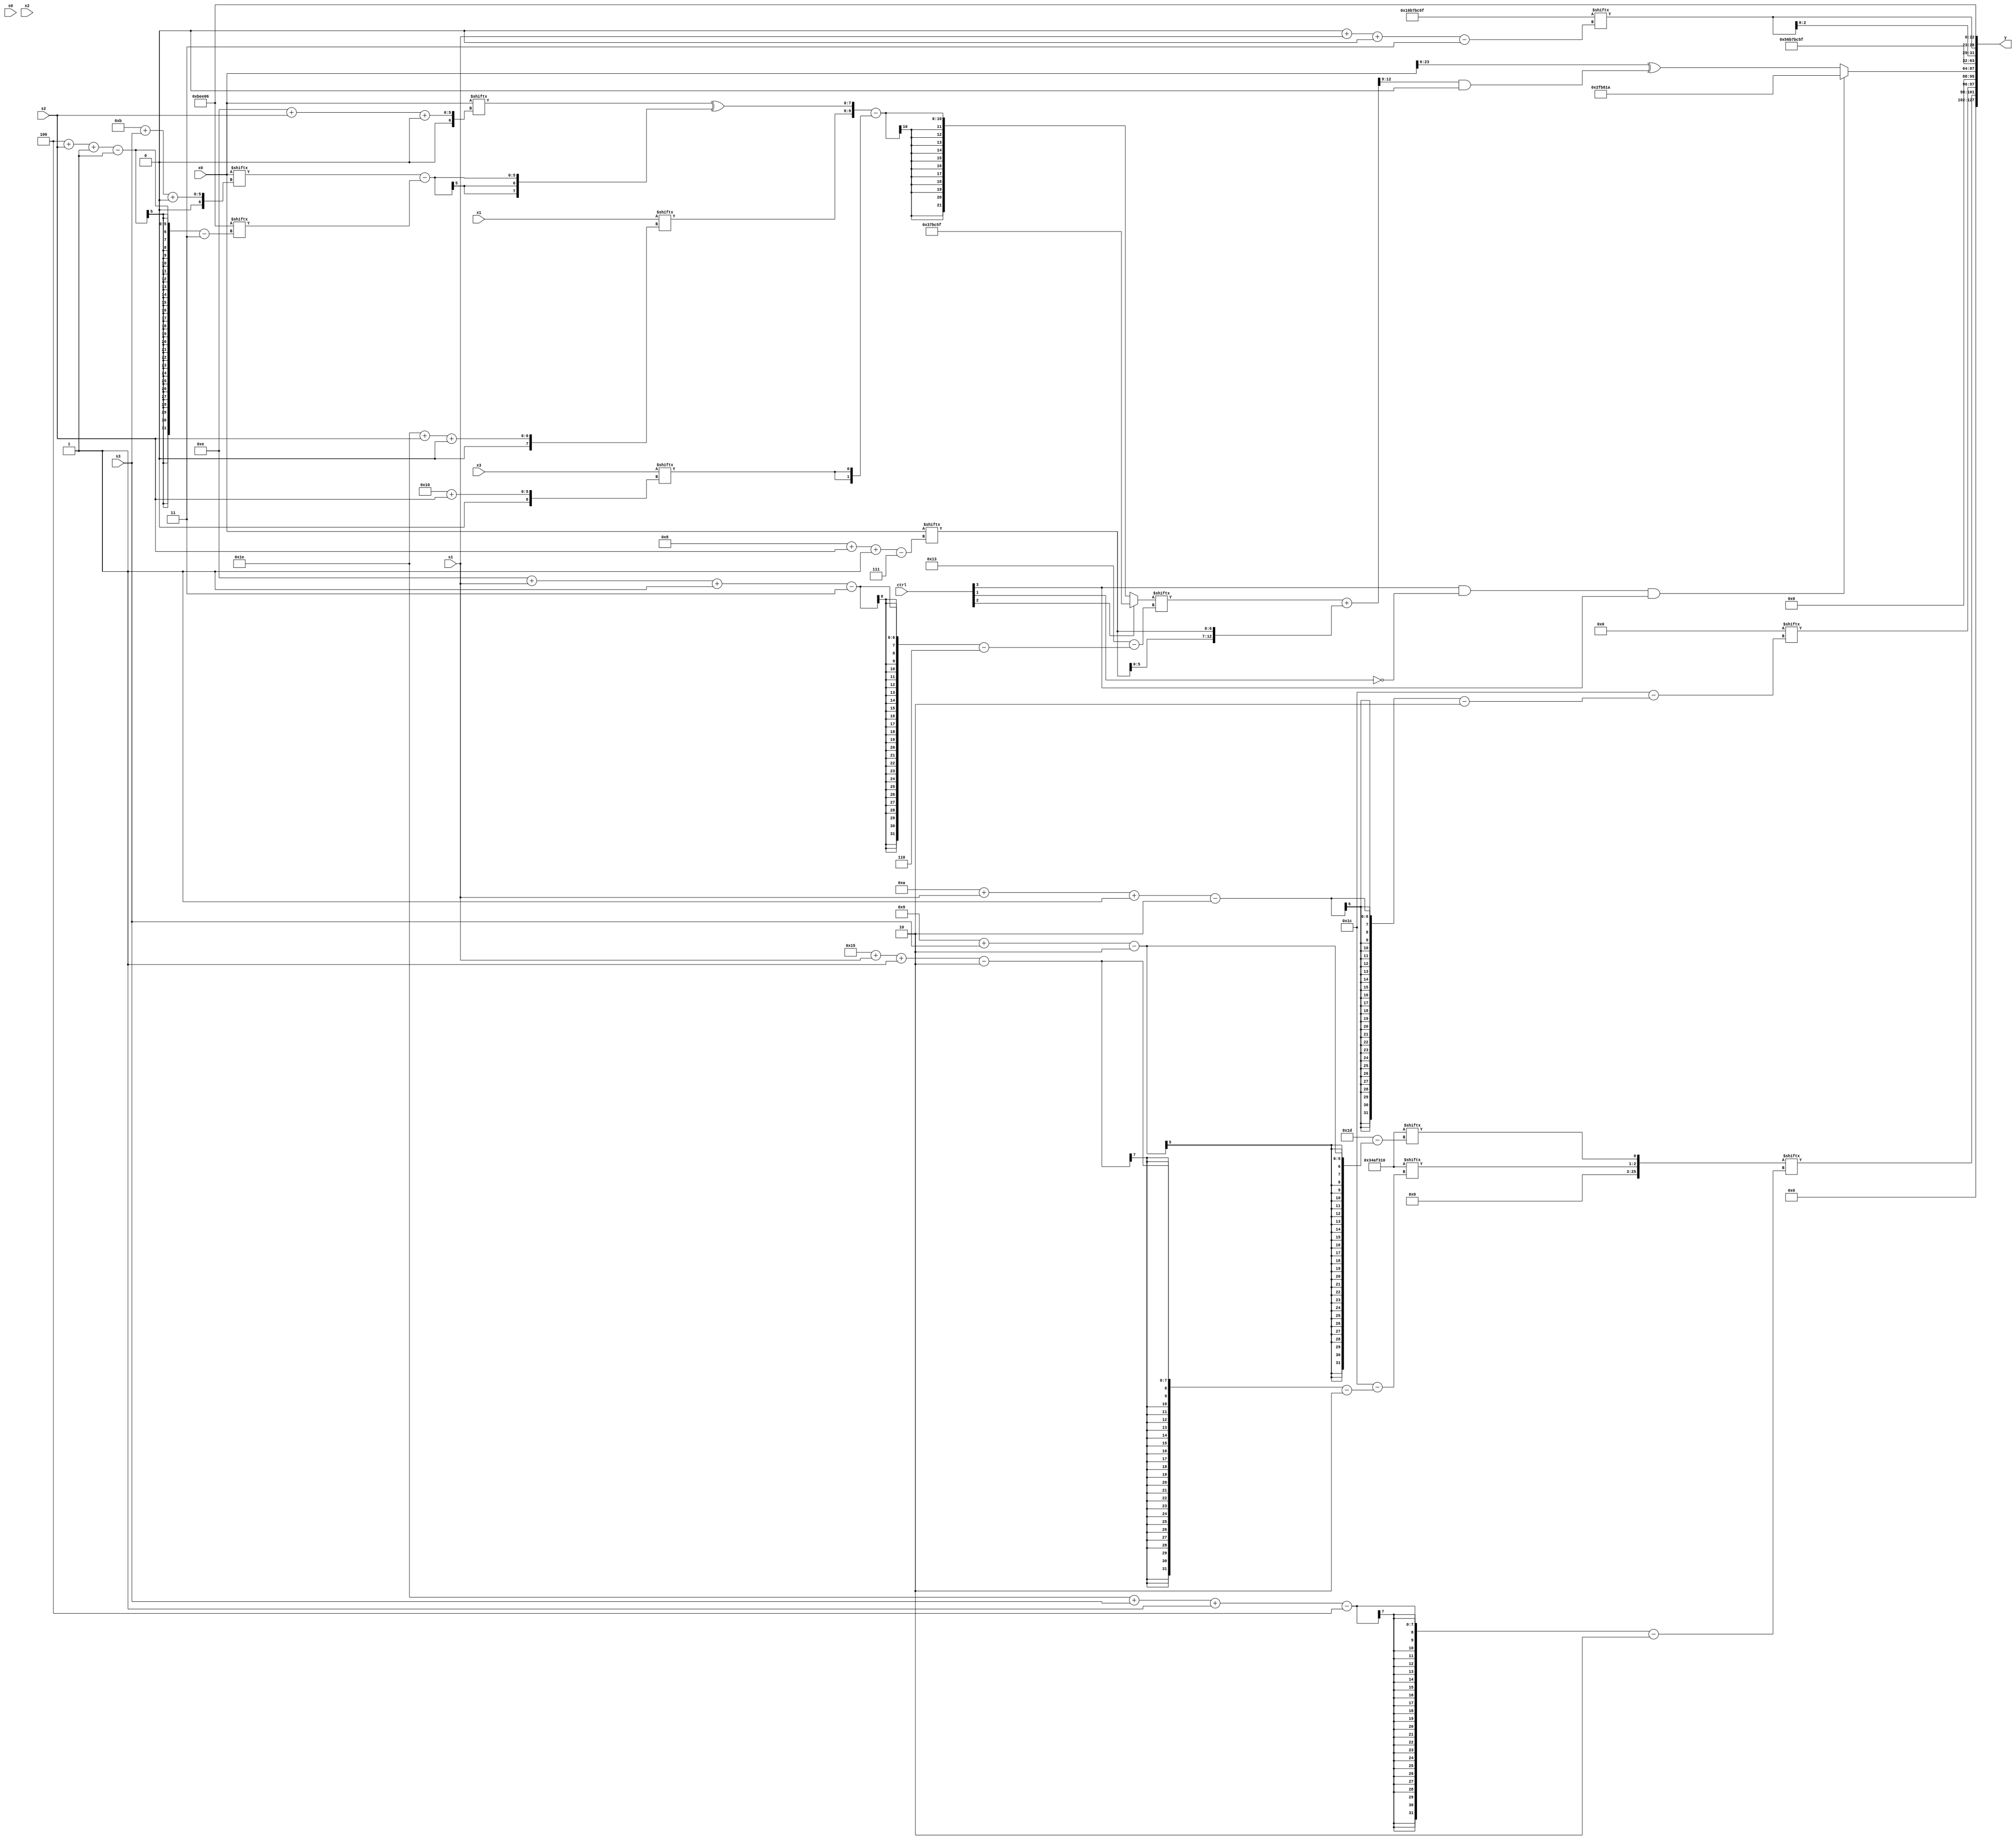
module partsel_00817(ctrl, s0, s1, s2, s3, x0, x1, x2, x3, y);
  input [3:0] ctrl;
  input [2:0] s0;
  input [2:0] s1;
  input [2:0] s2;
  input [2:0] s3;
  input signed [31:0] x0;
  input signed [31:0] x1;
  input signed [31:0] x2;
  input [31:0] x3;
  wire [6:27] x4;
  wire signed [5:30] x5;
  wire signed [4:26] x6;
  wire [2:31] x7;
  wire [2:31] x8;
  wire signed [27:4] x9;
  wire [26:6] x10;
  wire signed [30:1] x11;
  wire signed [27:3] x12;
  wire signed [27:2] x13;
  wire [2:24] x14;
  wire signed [0:28] x15;
  output [127:0] y;
  wire [31:0] y0;
  wire [31:0] y1;
  wire signed [31:0] y2;
  wire signed [31:0] y3;
  assign y = {y0,y1,y2,y3};
  localparam [6:26] p0 = 311475089;
  localparam signed [2:31] p1 = 55243536;
  localparam signed [31:3] p2 = 918010975;
  localparam [25:3] p3 = 445378054;
  assign x4 = {2{(!ctrl[2] && !ctrl[2] || !ctrl[2] ? ({x1[30 + s2 +: 2], (x0[14 + s2 +: 8] ^ (x0[11 + s3 +: 5] - p3[4 + s2 -: 1]))} - {2{x3[16 + s2]}}) : p2)}};
  assign x5 = (x4[14 + s1 -: 3] + {2{x0[8 + s2 -: 7]}});
  assign x6 = p3;
  assign x7 = x5[12 +: 2];
  assign x8 = (x4[19 -: 1] ^ {2{((x4[15 +: 3] + p1[13 +: 3]) | (!ctrl[2] || !ctrl[0] || ctrl[1] ? x6[14 + s0] : p3[16 -: 4]))}});
  assign x9 = {2{(x0 ^ (x5[21 -: 4] & x7[18 -: 1]))}};
  assign x10 = x1;
  assign x11 = p0[10 + s3];
  assign x12 = {2{p3[15 +: 2]}};
  assign x13 = {p1[21 + s1 -: 2], p1[9 + s3]};
  assign x14 = ((ctrl[2] || !ctrl[3] || ctrl[3] ? x7[8 +: 1] : (({p3, p0[18 +: 1]} - {2{p2[17 + s3]}}) - {x12[9 +: 3], ((x1[10 +: 3] - (p3 & (p2 - (x13[12 +: 4] - x6[13 + s2])))) + p2)})) & p1[6 + s2]);
  assign x15 = p0[18 +: 3];
  assign y0 = {x13[30 + s3 -: 4], x7[10 + s1 -: 2]};
  assign y1 = (ctrl[3] && !ctrl[1] && ctrl[3] ? {p3, p3[15 +: 2]} : x9);
  assign y2 = {2{{{2{p1[14 +: 2]}}, p2}}};
  assign y3 = {{2{p2[0 + s1 +: 6]}}, p3};
endmodule